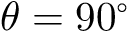
\theta = 9 0 ^ { \circ }